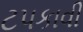
ટપકાવી